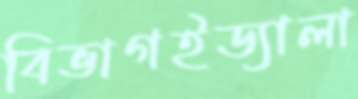
বিভাগইড্যালা